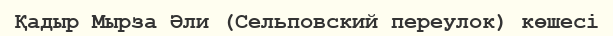
Қадыр Мырза Әли (Сельповский переулок) көшесі